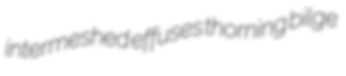
intermeshed effuses thorning bilge